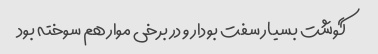
گوشت بسیار سفت بودار و در برخی موار هم سوخته بود